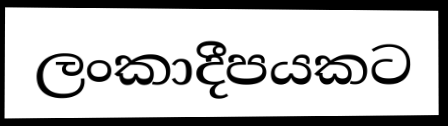
ලංකාදීපයකට